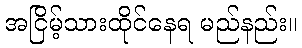
အငြိမ့်သားထိုင်နေရ မည်နည်း။